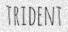
TRIDENT